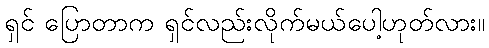
ရှင် ပြောတာက ရှင်လည်းလိုက်မယ်ပေါ့ဟုတ်လား။